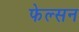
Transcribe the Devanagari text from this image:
फेल्सन